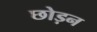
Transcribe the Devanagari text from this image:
छोड़न